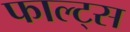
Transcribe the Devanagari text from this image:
फाल्ट्स